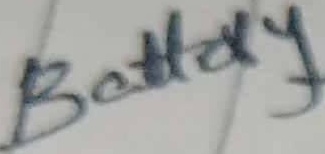
Text: Battery